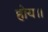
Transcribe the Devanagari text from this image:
होय॥